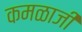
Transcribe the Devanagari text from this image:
कमळाजी